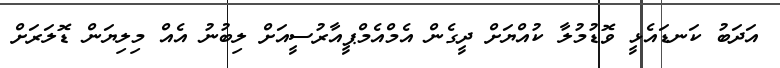
އަދަބު ކަނޑައެޅީ ވޮޑުމުލާ ކުއްޔަށް ދީގެން އެމްއެމްޕީއާރުސީއަށް ލިބުނު އެއް މިލިޔަން ޑޮލަރަށް